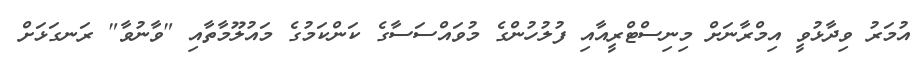
އުމަރު ވިދާޅުވީ އިމްރާނަށް މިނިސްޓްރީއާއި ފުލުހުންގެ މުވައްސަސާގެ ކަންކަމުގެ މައުލޫމާތާއި "ވާނުވާ" ރަނގަޅަށް